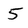
Character: 5